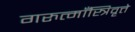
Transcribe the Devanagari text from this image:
गरुत्माँस्त्रिवृत्ते